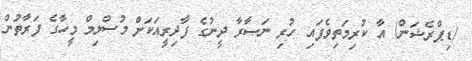
(ޑިޕްރެޝަން) އާ ކުރިމަތިވެފައި ހުރި ނަޞާރާ ދީނުގެ ފާދިރީއަކަށް މުސްލިމް މީހާގެ ފަރާތުން